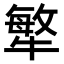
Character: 𤛎